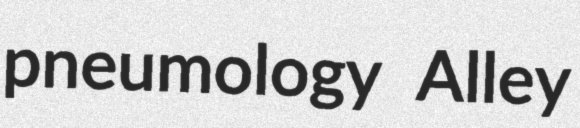
pneumology Alley